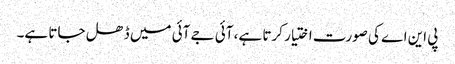
پی این اے کی صورت اختیار کرتا ہے، آئی جے آئی میں ڈھل جاتا ہے۔